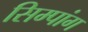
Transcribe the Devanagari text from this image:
सिम्पांग